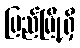
ပြည်မြို့ရှိ